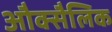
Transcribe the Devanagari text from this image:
औक्सैलिक